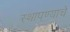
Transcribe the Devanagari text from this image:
स्थापण्याचें